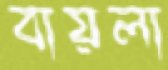
বায়লা